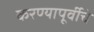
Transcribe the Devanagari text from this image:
करण्यापूर्वीचे